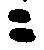
ニ